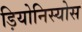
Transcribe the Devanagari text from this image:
ड़ियोनिस्योस